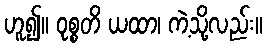
ဟူ၍။ ဝုစ္စတိ ယထာ၊ ကဲ့သို့လည်း။